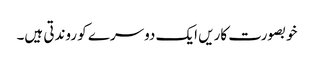
خوبصورت کاریں ایک دوسرے کو روندتی ہیں۔